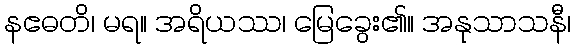
နဧဓတိ၊ မရ။ အရိယဿ၊ မြေခွေး၏။ အနုသာသနီ၊